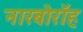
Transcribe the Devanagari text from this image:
नारबोरॉह